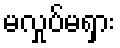
မလှုပ်မရှား